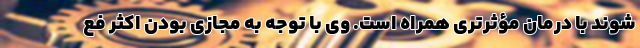
شوند با درمان مؤثرتری همراه است. وی با توجه به مجازی بودن اکثر فع